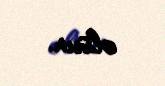
olsun.